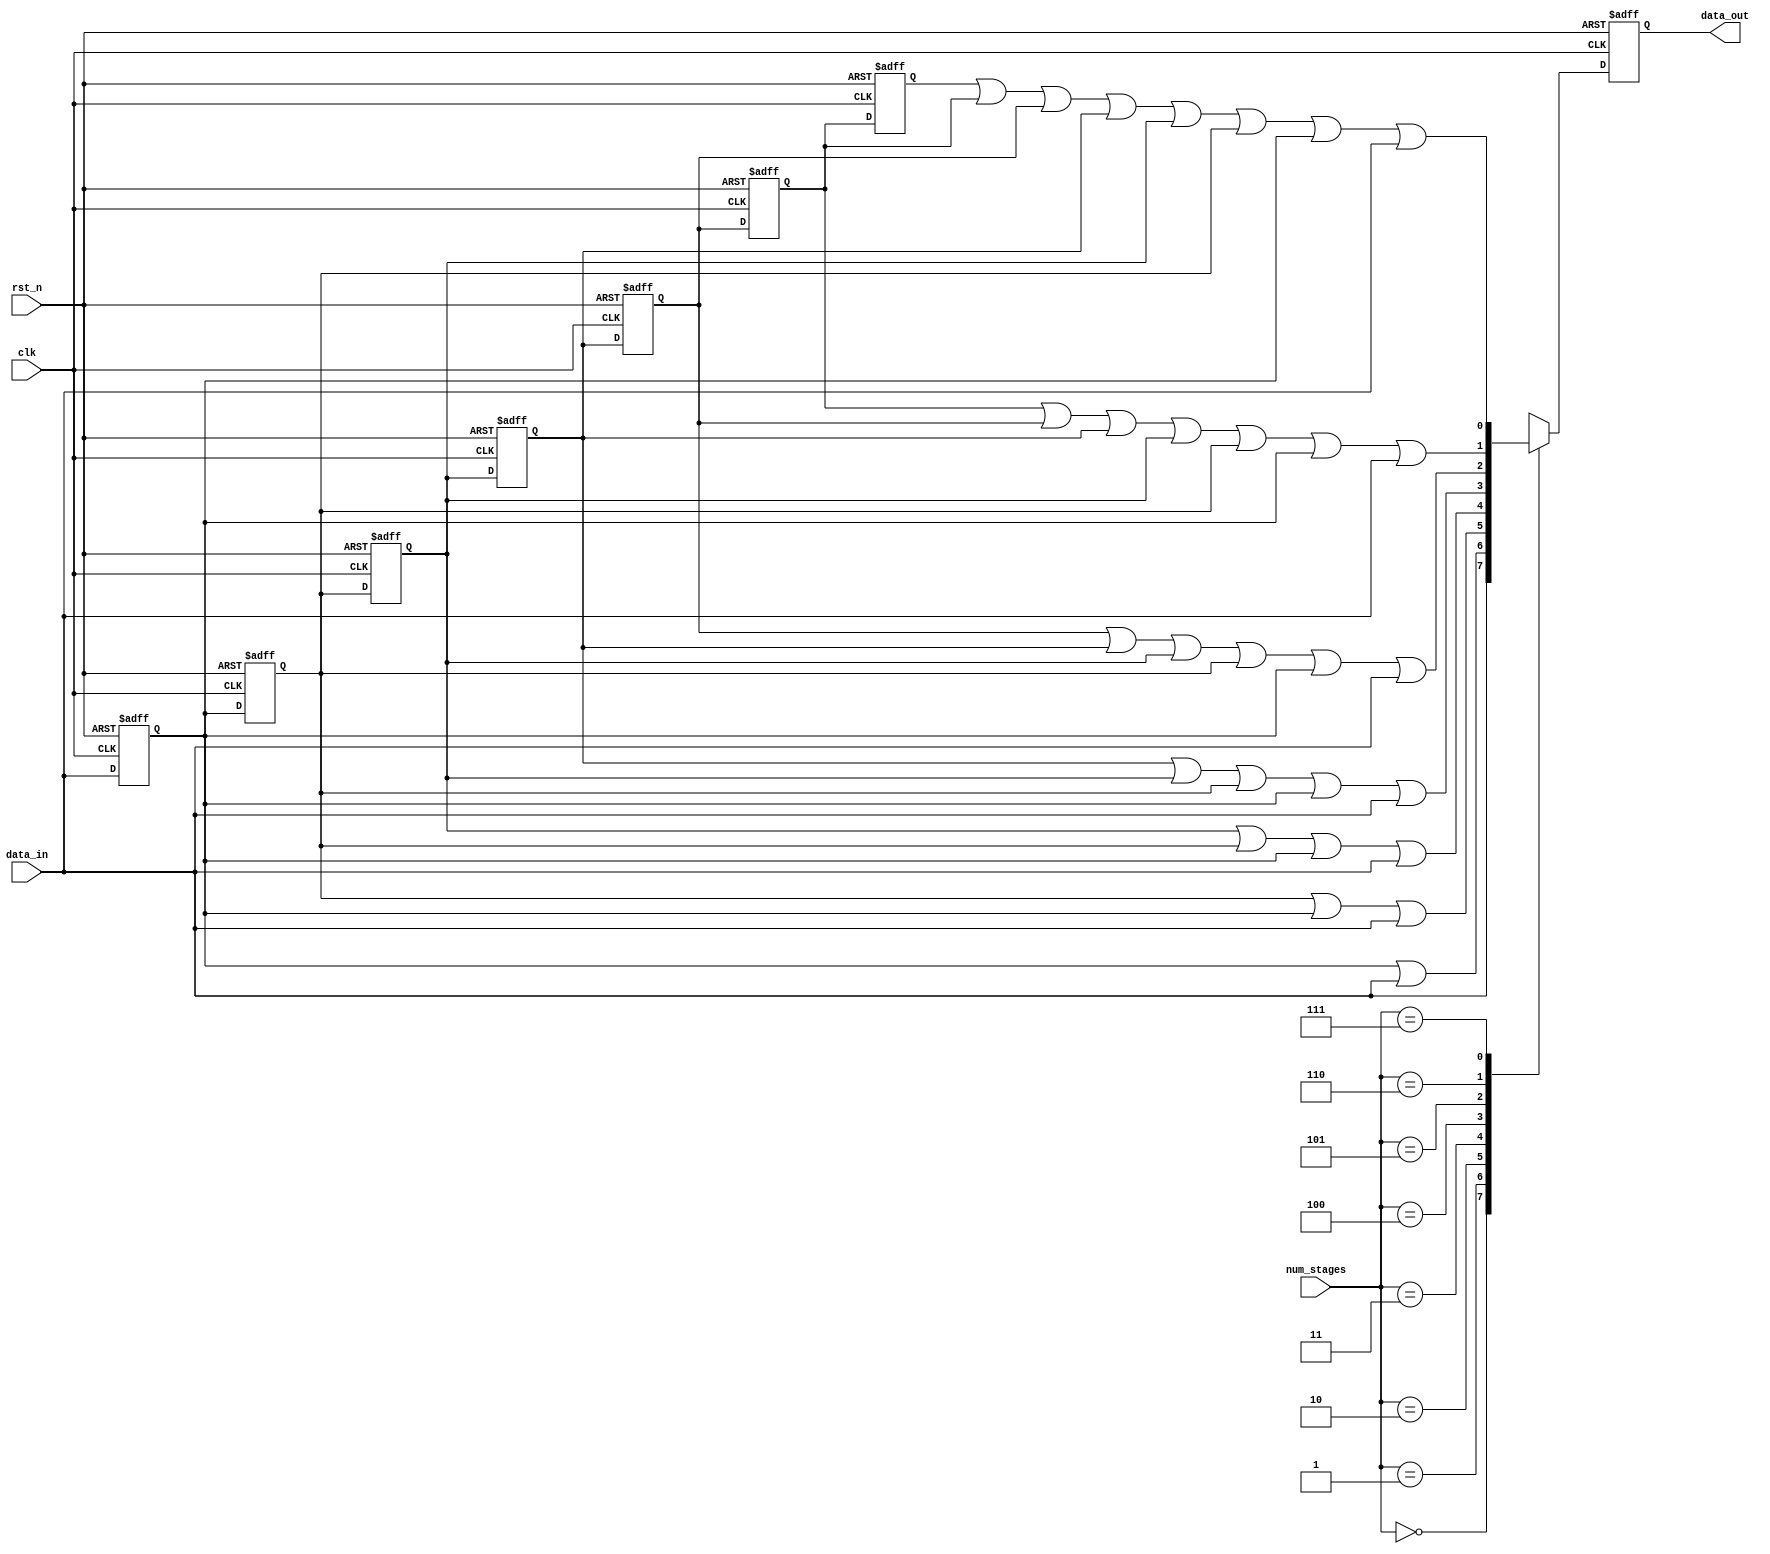
// SPDX-License-Identifier: Apache-2.0
// Copyright (C) 2019 Intel Corporation. 
//------------------------------------------------------------------------
// (C) 2009 Altera Corporation. .  
//
//------------------------------------------------------------------------
// Revision:    $Revision: #1 $
//------------------------------------------------------------------------
// Description: 
//
//------------------------------------------------------------------------

module hdpldadapt_cmn_pulse_stretch 
  #(
    parameter RESET_VAL = 'd0   // reset value
    )
  (
    input  wire         clk,         // clock
    input  wire         rst_n,       // async reset
    input  wire [2:0]   num_stages,  // number of stages required
    input  wire         data_in,     // data in
    output  reg         data_out     // stretched data out             
   );

   reg                  data_d1, data_d2, data_d3, data_d4;
   reg                  data_d5, data_d6, data_d7;
   reg                  data_out_comb;

   localparam reset_value = (RESET_VAL == 1) ? 1'b1 : 1'b0;  // To eliminate truncating warning
      
   always @* begin
      data_out_comb = data_in;
      
      case (num_stages)
        3'b000: data_out_comb = data_in;
        3'b001: data_out_comb = data_d1 | data_in;
        3'b010: data_out_comb = data_d2 | data_d1 | data_in;
        3'b011: data_out_comb = data_d3 | data_d2 | data_d1 | data_in;
        3'b100: data_out_comb = data_d4 | data_d3 | data_d2 | data_d1 | data_in;
        3'b101: data_out_comb = data_d5 | data_d4 | data_d3 | data_d2 | data_d1 | data_in;
        3'b110: data_out_comb = data_d6 | data_d5 | data_d4 | data_d3 | data_d2 | data_d1 | data_in;
        3'b111: data_out_comb = data_d7 | data_d6 | data_d5 | data_d4 | data_d3 | data_d2 | data_d1 | data_in;
        default: data_out_comb = data_in;
      endcase // case(num_stages)
   end // always @ *

   always @(negedge rst_n or posedge clk) begin
      if (~rst_n) begin
         data_d1 <= reset_value;
         data_d2 <= reset_value;
         data_d3 <= reset_value;
         data_d4 <= reset_value;
         data_d5 <= reset_value;
         data_d6 <= reset_value;
         data_d7 <= reset_value;
         data_out <= reset_value;
      end
      else begin
         data_d1 <= data_in;
         data_d2 <= data_d1;
         data_d3 <= data_d2;
         data_d4 <= data_d3;
         data_d5 <= data_d4;
         data_d6 <= data_d5;
         data_d7 <= data_d6;
         data_out <= data_out_comb;
      end
   end // always @ (negedge rst_n or posedge clk)
      
endmodule // hdpldadapt_cmn_pulse_stretch